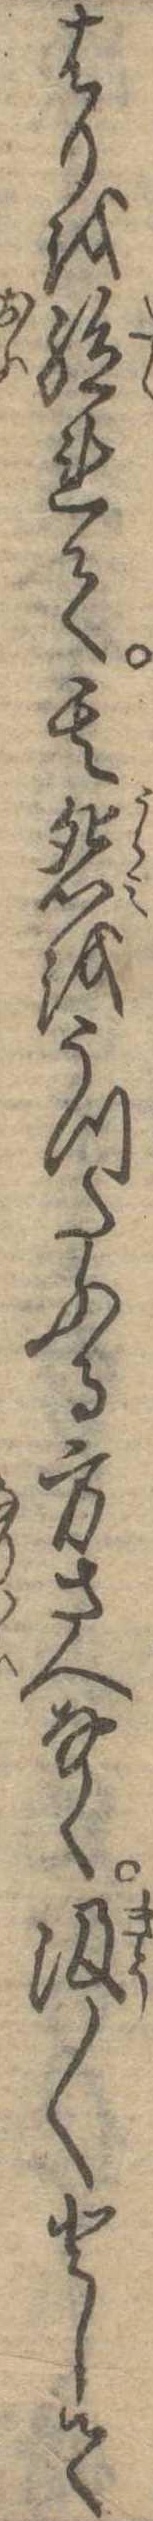
はりを絶れて其怨をうつたふる方さへなく汲〱として